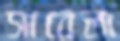
সাবেলা